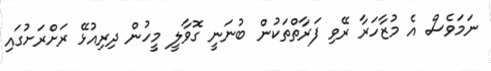
ނަމަވެސް އެ މުޒާހަރާ ރޭވި ފަރާތްތަކުން ބުނަނީ ގޮވާލީ މީހުން ދިރިއުޅޭ ރަށްރަށުގައި